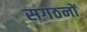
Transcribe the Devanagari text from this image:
सगठनों